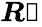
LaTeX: {\boldsymbol{R}}{\boldsymbol{\mathscr{T}}}